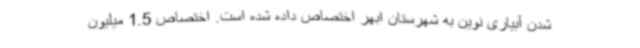
شدن آبیاری نوین به شهرستان ابهر اختصاص داده شده است. اختصاص 1.5 میلیون